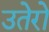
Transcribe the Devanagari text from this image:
उतेरो